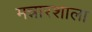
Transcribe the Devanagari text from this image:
मन्नारशाला